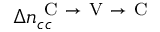
\Delta n _ { c c } ^ { \mathrm { ~ C ~ } \rightarrow \mathrm { ~ V ~ } \rightarrow \mathrm { ~ C ~ } }